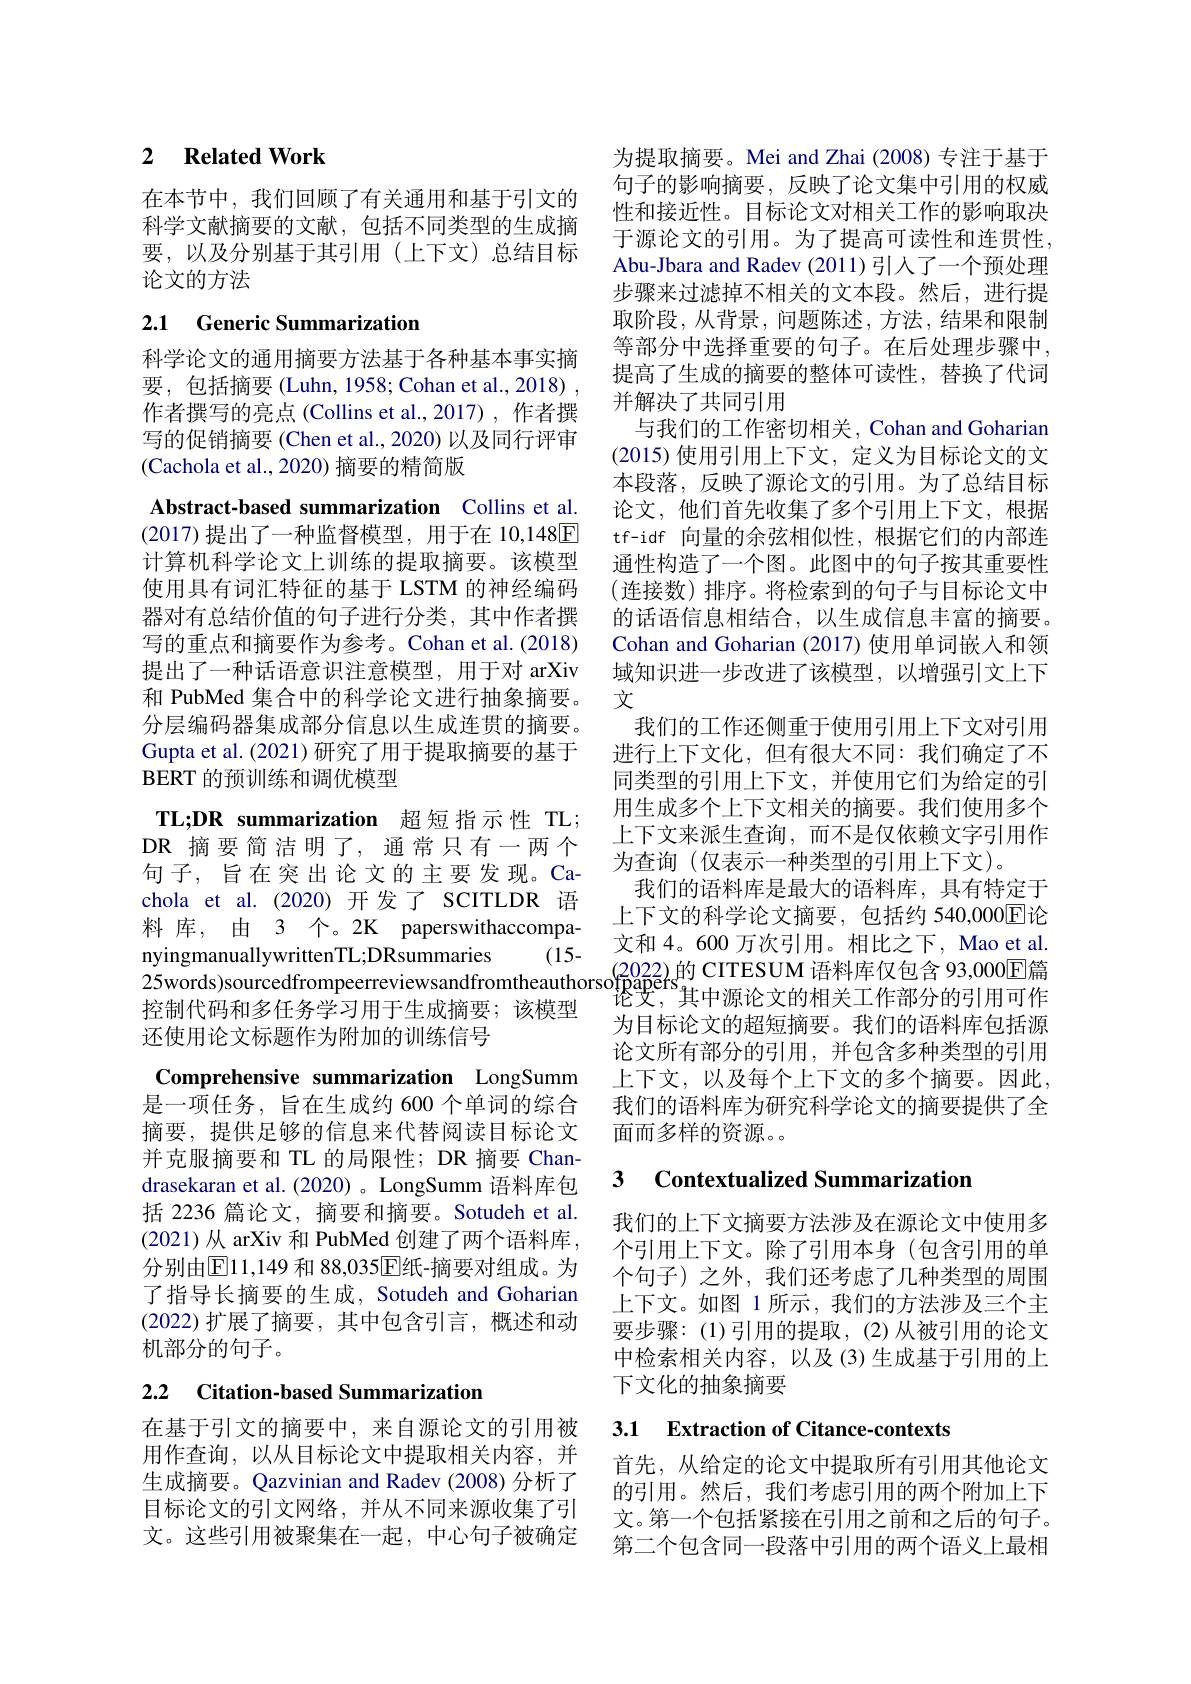
### 2 $\textbf{Related Work}$

在本节中，我们回顾了有关通用和基于引文的科学文献摘要的文献，包括不同类型的生成摘要，以及分别基于其引用(上下文)总结目标论文的方法

# 2.1 Generic Summarization

科学论文的通用摘要方法基于各种基本事实摘要，包括摘要(Luhn, 1958; Cohan et al., 2018) , 作者撰写的亮点(Collins et al.,2017),作者撰写的促销摘要 (Chen et al., 2020) 以及同行评审(Cachola et al., 2020) 摘要的精简版

Abstract-based summarization Collins et al. (2017)提出了一种监督模型，用于在 10,148回计算机科学论文上训练的提取摘要。该模型使用具有词汇特征的基于 LSTM 的神经编码器对有总结价值的句子进行分类，其中作者撰写的重点和摘要作为参考。Cohan et al.(2018) 提出了一种话语意识注意模型，用于对 arXiv 和 PubMed 集合中的科学论文进行抽象摘要。分层编码器集成部分信息以生成连贯的摘要。Gupta et al. (2021)研究了用于提取摘要的基于BERT的预训练和调优模型
TL;DR summarization 超短指示性 TL; DR 摘要简洁明了，通常只有一两个句子，旨在突出论文的主要发现。Cachola et al.(2020)开发了 SCITLDR 语料 库，由 3 个。2K paperswithaccompa-
(15-
nyingmanuallywrittenTL;DRsummaries
控制代码和多任务学习用于生成摘要；该模型
还使用论文标题作为附加的训练信号
Comprehensive summarization LongSumm 是一项任务，旨在生成约 600 个单词的综合摘要，提供足够的信息来代替阅读目标论文并克服摘要和 TL 的局限性；DR 摘要 Chandrasekaran et al. (2020) 。LongSumm 语料库包括 2236 篇论文，摘要和摘要。Sotudeh et al. (2021) 从 arXiv 和 PubMed 创建了两个语料库， 分别由$\boxed{\mathrm{E}}11,149$ 和 88,035$\boxed{\mathrm{E}}$纸-摘要对组成。为了指导长摘要的生成，Sotudeh and Goharian (2022)扩展了摘要，其中包含引言，概述和动机部分的句子。

# 2.2 Citation-based Summarization

在基于引文的摘要中，来自源论文的引用被用作查询，以从目标论文中提取相关内容，并生成摘要。Qazvinian and Radev (2008)分析了目标论文的引文网络，并从不同来源收集了引文。这些引用被聚集在一起，中心句子被确定

为提取摘要。Mei and Zhai (2008) 专注于基于句子的影响摘要，反映了论文集中引用的权威性和接近性。目标论文对相关工作的影响取决于源论文的引用。为了提高可读性和连贯性， Abu-Jbara and Radev (2011)引人了一个预处理步骤来过滤掉不相关的文本段。然后，进行提取阶段，从背景，问题陈述，方法，结果和限制等部分中选择重要的句子。在后处理步骤中， 提高了生成的摘要的整体可读性，替换了代词并解决了共同引用
与我们的工作密切相关，Cohan and Goharian (2015)使用引用上下文，定义为目标论文的文本段落，反映了源论文的引用。为了总结目标论文，他们首先收集了多个引用上下文，根据tf-idf 向量的余弦相似性，根据它们的内部连通性构造了一个图。此图中的句子按其重要性(连接数)排序。将检索到的句子与目标论文中的话语信息相结合，以生成信息丰富的摘要。Cohan and Goharian (2017) 使用单词嵌入和领域知识进一步改进了该模型，以增强引文上下文
我们的工作还侧重于使用引用上下文对引用进行上下文化，但有很大不同：我们确定了不同类型的引用上下文，并使用它们为给定的引用生成多个上下文相关的摘要。我们使用多个上下文来派生查询，而不是仅依赖文字引用作为查询(仅表示一种类型的引用上下文)。
我们的语料库是最大的语料库，具有特定于上下文的科学论文摘要，包括约 540,0000▣论文和 4。600 万次引用。相比之下，Mao et al.
25words)sourcedfrompeerreviewsandfromtheauthorsofpapefs$_\text{论艾，其中源论文的相关工作部分的引用可作}$
为目标论文的超短摘要。我们的语料库包括源论文所有部分的引用，并包含多种类型的引用上下文，以及每个上下文的多个摘要。因此， 我们的语料库为研究科学论文的摘要提供了全面而多样的资源。

### 3 $\textbf{Contextualized Summarizatior}$

我们的上下文摘要方法涉及在源论文中使用多个引用上下文。除了引用本身(包含引用的单个句子)之外，我们还考虑了几种类型的周围上下文。如图 1 所示，我们的方法涉及三个主要步骤：(1)引用的提取，(2)从被引用的论文中检索相关内容，以及(3)生成基于引用的上下文化的抽象摘要

# 3.1 Extraction of Citance-contexts

首先，从给定的论文中提取所有引用其他论文的引用。然后，我们考虑引用的两个附加上下文。第一个包括紧接在引用之前和之后的句子。第二个包含同一段落中引用的两个语义上最相